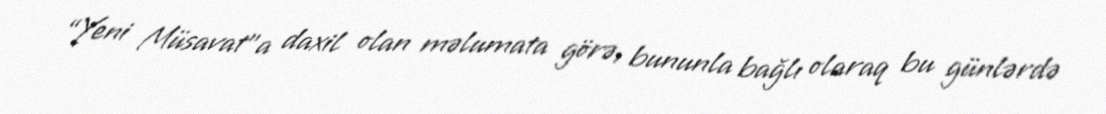
“Yeni Müsavat”a daxil olan məlumata görə, bununla bağlı olaraq bu günlərdə